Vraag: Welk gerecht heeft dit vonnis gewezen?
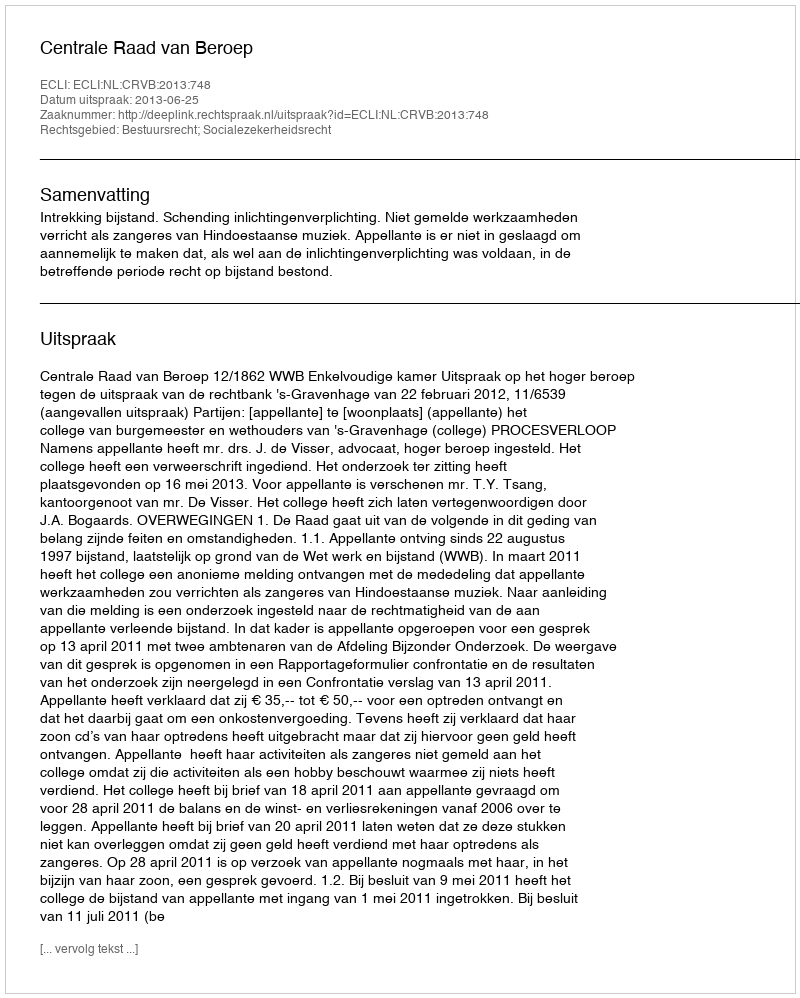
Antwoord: Centrale Raad van Beroep